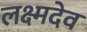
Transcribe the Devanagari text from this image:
लक्ष्मदेव